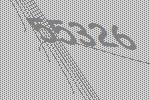
55326